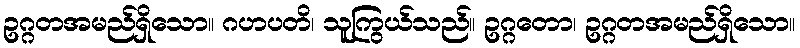
ဥဂ္ဂတအမည်ရှိသော။ ဂဟပတိ၊ သူကြွယ်သည်။ ဥဂ္ဂတော၊ ဥဂ္ဂတအမည်ရှိသော။